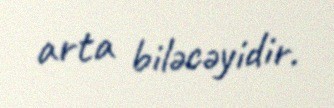
arta biləcəyidir.